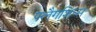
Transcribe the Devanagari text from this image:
फ्लैगशिप्‍स